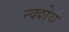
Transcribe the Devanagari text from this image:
न्क्शेय